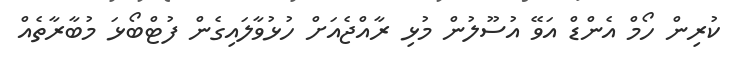
ކުރިން ހޯމް އެންޑް އަވޭ އުސޫލުން މުޅި ރާއްޖެއަށް ހުޅުވާލައިގެން ފުޓްބޯޅަ މުބާރާތެއް